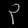
Digit: ၃